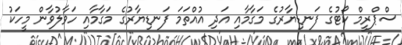
ސްޕްރީމް ކޯޓުގެ ފަނޑިޔާރުގެ މަގާމާއި އަދި އުއްތަމަ ފަނޑިޔާރުގެ މަގާމާއި ހަވާލުވާން މީހަކު